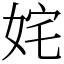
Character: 姹